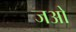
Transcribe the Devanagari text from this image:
जओ